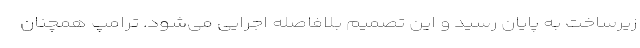
زیرساخت به پایان رسید و این تصمیم بلافاصله اجرایی می‌شود. ترامپ همچنان